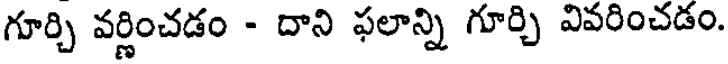
గూర్చి వర్ణించడం - దాని ఫలాన్ని గూర్చి వివరించడం.